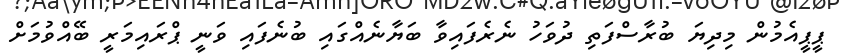
ޕީޕީއެމުން މިދިޔަ ބުރާސްފަތި ދުވަހު ނެރެފައިވާ ބަޔާނެއްގައި ބުނެފައި ވަނީ ޕްރައިމަރީ ބޭއްވުމަށް